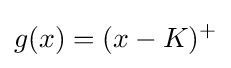
g(x)=(x-K)^{+}